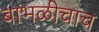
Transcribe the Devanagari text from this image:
बाभळीचाच